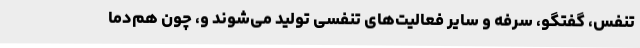
تنفس، گفتگو، سرفه و سایر فعالیت‌های تنفسی تولید می‌شوند و، چون هم‌دما